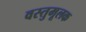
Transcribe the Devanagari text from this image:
वस्तुमूलक